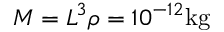
M = L ^ { 3 } \rho = 1 0 ^ { - 1 2 } \mathrm { k g }